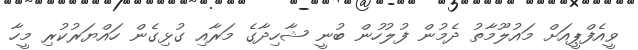
ވީއެފްޕީއަށް މައުލޫމާތު ދެމުން ފުލުހުން ބުނީ ޝާހިދާގެ މަރާއި ގުޅިގެން ހައްޔަރުކުރި މީހާ